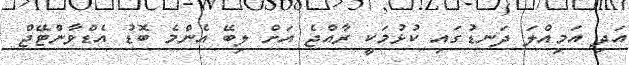
އަދި އަމިއްލަ ދަނޑުގައި ކުޅުމަކީ ރާއްޖެ އަށް ލިބޭ އެންމެ ބޮޑު އެޑްވާންޓޭޖް